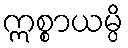
ဣစ္စာယမ္ပိ